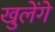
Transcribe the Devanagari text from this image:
खुलेंगे